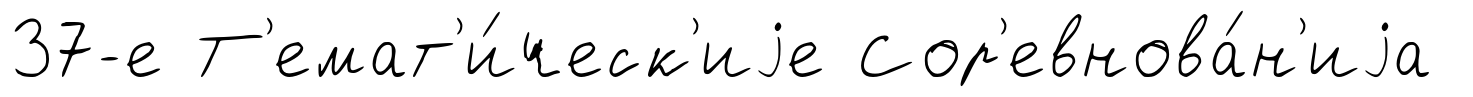
37-е Т'емат'и́ческ'иjе Сор'евнова́н'иjа